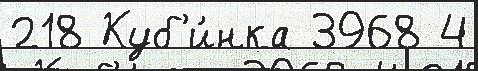
218 Куб'и́нка 3968 4